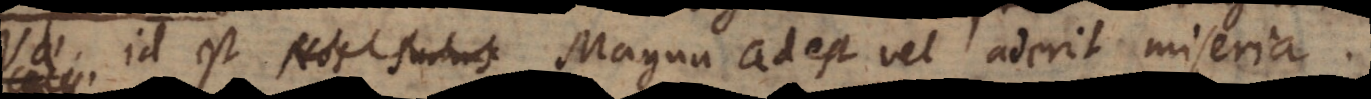
Vae, id est Nos sumus Magna adest vel aderit miseria.